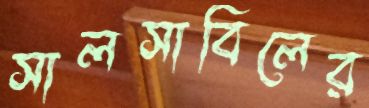
সালসাবিলের